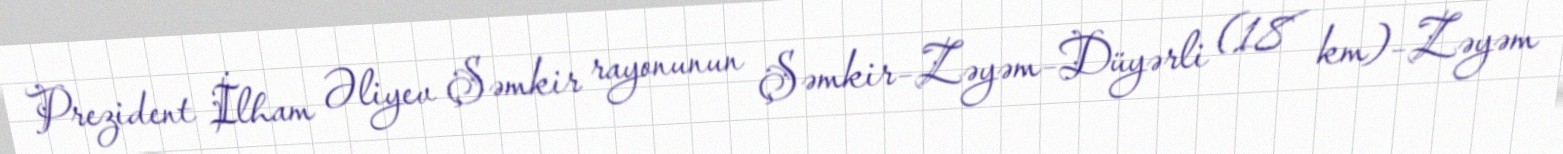
Prezident İlham Əliyev Şəmkir rayonunun Şəmkir–Zəyəm–Düyərli (18 km)–Zəyəm